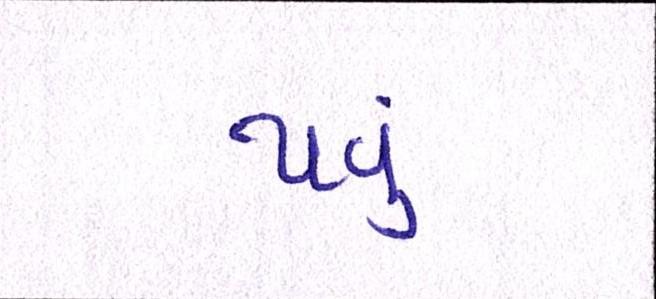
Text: થવું